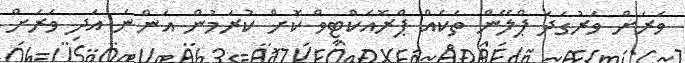
ވަރަށް ވަރުގަދަ ޕްލޭން ތަކެއް ޕްރޮއެކްޓިވް ކޮށް ކުރަމުން އަންނަ އަދި ވަރަށް